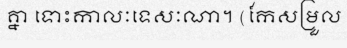
គ្នា ទោះកាលៈទេសៈណា។ (កែសម្រួល